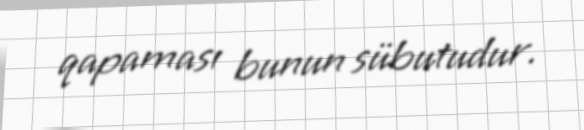
qapaması bunun sübutudur.